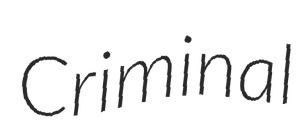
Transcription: Criminal